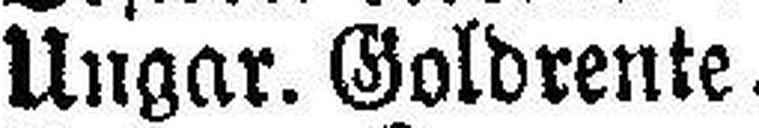
Ungar. Goldrente